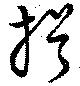
揖